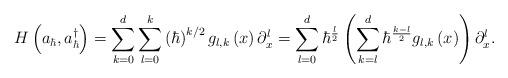
LaTeX: \begin{align*}H\left( a_{\hbar},a_{\hbar}^{\dagger}\right) =\sum_{k=0}^{d}\sum_{l=0}^{k}\left( \hbar\right) ^{k/2}g_{l,k}\left( x\right) \partial_{x}^{l}=\sum_{l=0}^{d}\hbar^{\frac{l}{2}}\left( \sum_{k=l}^{d}\hbar^{\frac{k-l}{2}}g_{l,k}\left( x\right) \right) \partial_{x}^{l}. \end{align*}